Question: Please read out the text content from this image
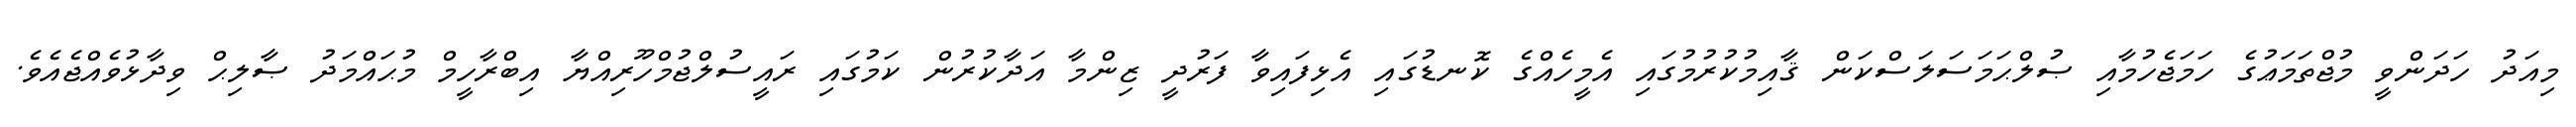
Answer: މިއަދު ހަދަންވީ މުޖްތަމަޢުގެ ހަމަޖެހުމާއި ޞުލްޙަމަސަލަސްކަން ޤާއިމުކުރުމުގައި އެމީހެއްގެ ކޮނޑުގައި އެޅިފައިވާ ފަރުދީ ޒިންމާ އަދާކުރުން ކަމުގައި ރައީސުލްޖުމްހޫރިއްޔާ އިބްރާހީމް މުޙައްމަދު ޞާލިޙް ވިދާޅުވެއްޖެއެވެ.